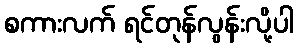
စကားလက် ရင်တုန်လွန်းလို့ပါ